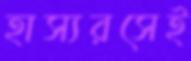
হাস্যরসেই